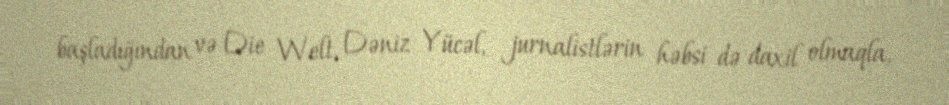
başladığından və Die Welt, Dəniz Yücəl, jurnalistlərin həbsi də daxil olmaqla,